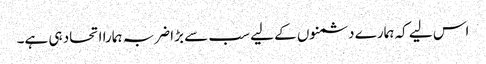
اس لیے کہ ہمارے دشمنوں کے لیے سب سے بڑا ضربہ ہمارا اتحاد ہی ہے۔